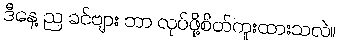
ဒီနေ့ ည ခင်ဗျား ဘာ လုပ်ဖို့စိတ်ကူးထားသလဲ။